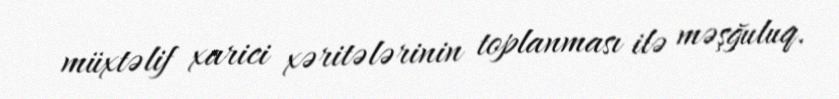
müxtəlif xarici xəritələrinin toplanması ilə məşğuluq.